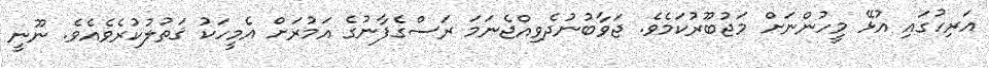
އަރިހުގައި އުޅޭ މީހުންނަށް މަޖުބޫރުކަމެވެ. ޖަވާބުނުދެވިއްޖެނަމަ ރަސްގެފާނުގެ އަމުރަށް އެމީހަކު ޤަތުލުކުރެވެއެވެ. ނޫނީ